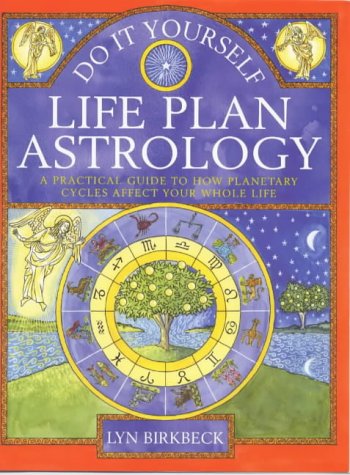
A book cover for Do It Yourself Life Plan Astrology: How Planetary Cycles Affect Your Whole Life; Lyn Birk beck; Self-Help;